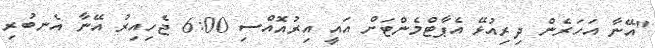
"އޭނާ އަހަރެން ދިރިއުޅޭ އެޕާޓްމެންޓަށް އައީ އިރުއޮއްސި 6:00 ޖެހިއިރު އޭނާ އެނބުރި